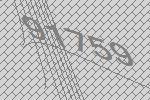
91759